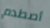
أصطدم